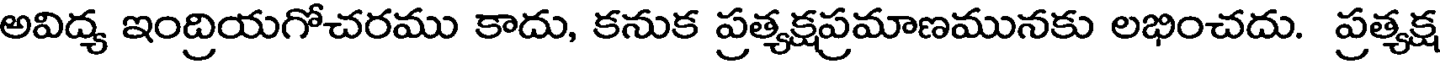
అవిద్య ఇంద్రియగోచరము కాదు, కనుక ప్రత్యక్షప్రమాణమునకు లభించదు. ప్రత్యక్ష